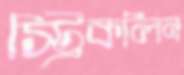
স্ট্রিকলিন